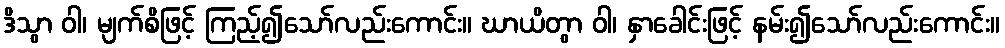
ဒိသွာ ဝါ၊ မျက်စိဖြင့် ကြည့်၍သော်လည်းကောင်း။ ဃာယိတွာ ဝါ၊ နှာခေါင်းဖြင့် နမ်း၍သော်လည်းကောင်း။